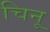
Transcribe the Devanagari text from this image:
चिनू